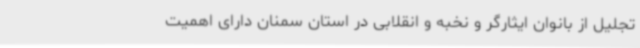
تجلیل از بانوان ایثارگر و نخبه و انقلابی در استان سمنان دارای اهمیت